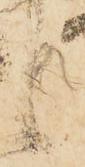
候